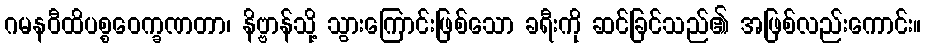
ဂမနဝီထိပစ္စဝေက္ခဏတာ၊ နိဗ္ဗာန်သို့ သွားကြောင်းဖြစ်သော ခရီးကို ဆင်ခြင်သည်၏ အဖြစ်လည်းကောင်း။